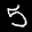
Label: 5